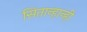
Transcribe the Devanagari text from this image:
सितान्हान्ही